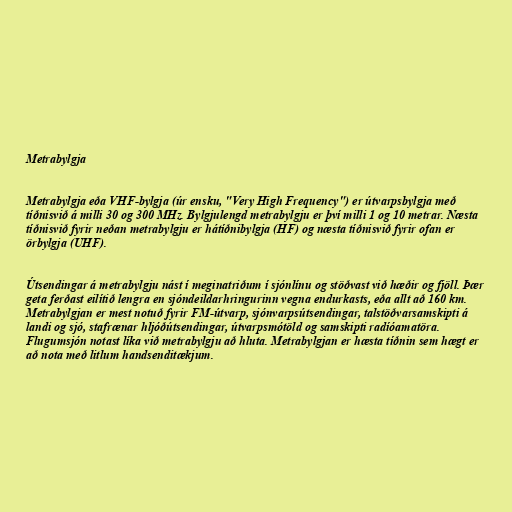
Metrabylgja

Metrabylgja eða VHF-bylgja (úr ensku, "Very High Frequency") er útvarpsbylgja með
tíðnisvið á milli 30 og 300 MHz. Bylgjulengd metrabylgju er því milli 1 og 10 metrar. Næsta
tíðnisvið fyrir neðan metrabylgju er hátíðnibylgja (HF) og næsta tíðnisvið fyrir ofan er
örbylgja (UHF).

Útsendingar á metrabylgju nást í meginatriðum í sjónlínu og stöðvast við hæðir og fjöll. Þær
geta ferðast eilítið lengra en sjóndeildarhringurinn vegna endurkasts, eða allt að 160 km.
Metrabylgjan er mest notuð fyrir FM-útvarp, sjónvarpsútsendingar, talstöðvarsamskipti á
landi og sjó, stafrænar hljóðútsendingar, útvarpsmótöld og samskipti radíóamatöra.
Flugumsjón notast líka við metrabylgju að hluta. Metrabylgjan er hæsta tíðnin sem hægt er
að nota með litlum handsenditækjum.